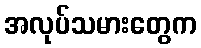
အလုပ်သမားတွေက